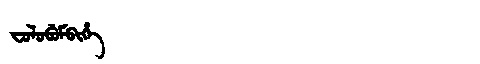
Manchu: ᠸᠣᠯᠣᠪᡠᠮᠪᡳᡥᡝ
Romanization: FOLOBUMBIHE